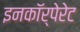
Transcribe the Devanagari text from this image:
इनकाॅर्पेरेट